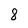
Character: 8